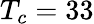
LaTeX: T_{c}=33